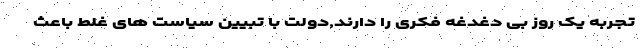
تجربه یک روز بی دغدغه فکری را دارند,دولت با تبیین سیاست های غلط باعث